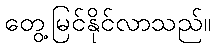
တွေ့မြင်နိုင်လာသည်။